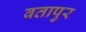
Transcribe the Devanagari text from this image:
वतापुर